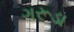
ગરૂડા